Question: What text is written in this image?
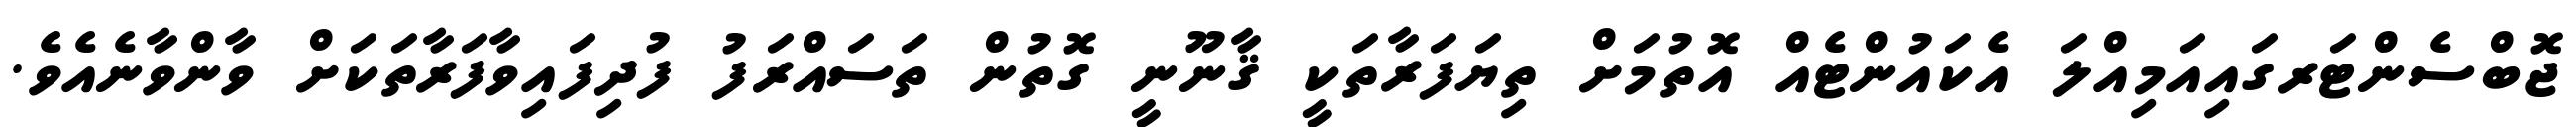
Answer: ޖޮބްސެންޓަރގައިއަމިއްލަ އެކައުންޓެއް އޮތުމަށް ތިޔަފަރާތަކީ ޤާނޫނީ ގޮތުން ތަސައްރަފު ފުދިފައިވާފަރާތަކަށް ވާންވާނެއެވެ.